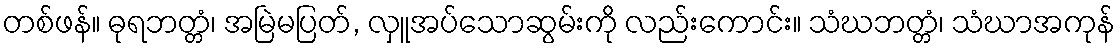
တစ်ဖန်။ ဓုရဘတ္တံ၊ အမြဲမပြတ်, လှူအပ်သောဆွမ်းကို လည်းကောင်း။ သံဃဘတ္တံ၊ သံဃာအကုန်